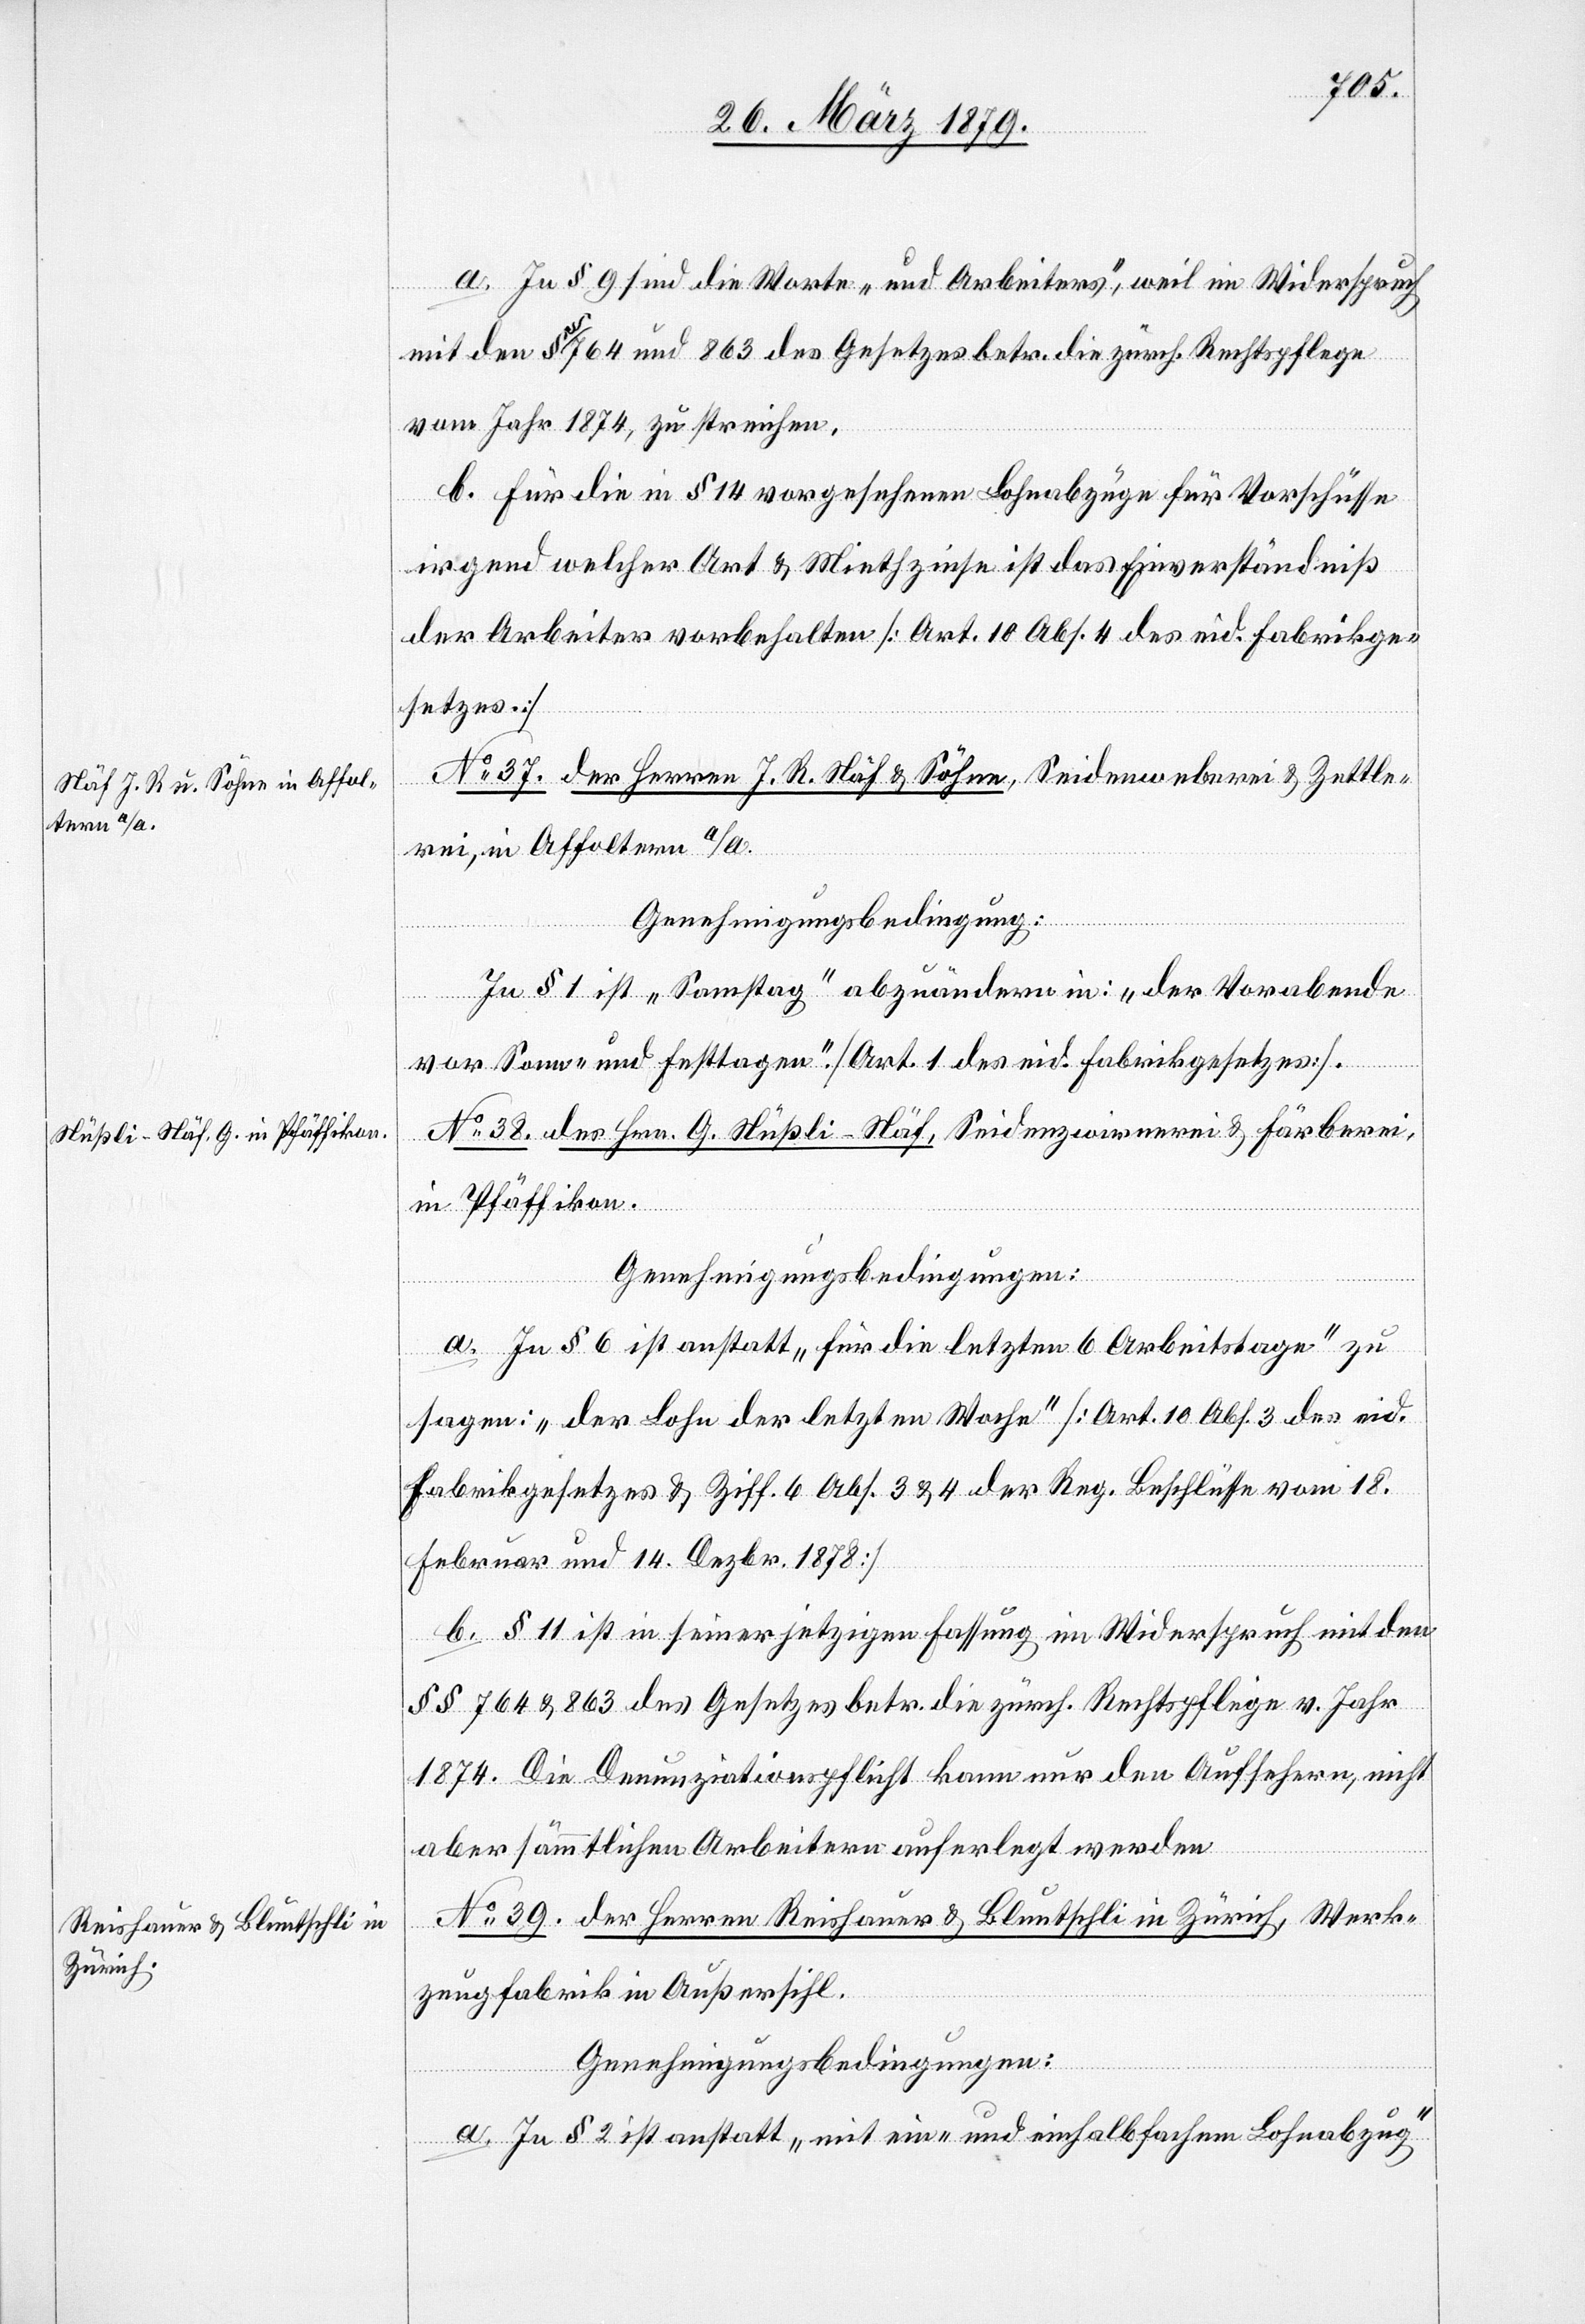
a. In § 9 sind die Worte „und Arbeiters“, weil in Widerspruch
mit den §§ 764 und 863 des Gesetzes betr. die zürch. Rechtspflege
vom Jahre 1874, zu streichen.
b. Für die in § 14 vorgesehenen Lohnabzüge für Vorschüsse
irgend welcher Art & Miethzinse ist das Einverständniß
der Arbeiter vorbehalten [Art. 10 Abs. 4 des eid. Fabrikge¬
setzes.]
No 37. der Herren J. R. Näf & Söhne, Seidenweberei & Zettle¬
rei, in Affoltern a/A.
Genehmigungsbedingung:
In § 1 ist „Samstag“ abzuändern in: „der Vorabende
vor Sonn- und Festtagen“. [Art. 1 des eid. Fabrikgesetzes].
No 38. des Hrn. G. Nüßli-Näf, Seidenzwirnerei & Färberei,
in Pfäffikon.
Genehmigungsbedingungen:
a. In § 6 ist anstatt „für die letzten 6 Arbeitstage“ zu
sagen: „der Lohn der letzten Woche“ [Art. 10 Abs. 3 des eid.
Fabrikgesetzes & Ziff. 6 Abs. 3 & 4 der Reg. Beschlüsse vom 18.
Febr. und 14. Dezbr. 1878]
b. § 11 ist in seiner jetzigen Fassung im Widerspruch mit den
§§ 764 & 863 des Gesetzes betr. die zürch. Rechtspflege v. Jahr
1874. Die Denunziationspflicht kann nur den Aufsehern, nicht
aber sämmtlichen Arbeitern auferlegt werden.
No 39. der Herren Reishauer & Bluntschli in Zürich, Werk¬
zeugfabrik in Außersihl.
Genehmigungsbedingungen:
a. In § 2 ist anstatt „mit ein- und einhalbfachem Lohnabzug“